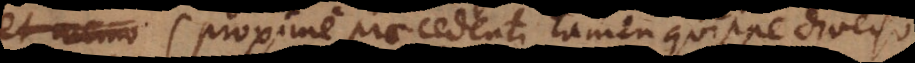
t (proxime praecedenti tamen quippe diverso